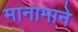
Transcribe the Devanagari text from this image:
मानामाने